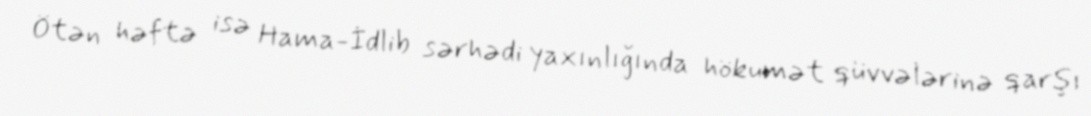
Ötən həftə isə Hama-İdlib sərhədi yaxınlığında hökumət qüvvələrinə qarşı